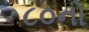
૮૦નો